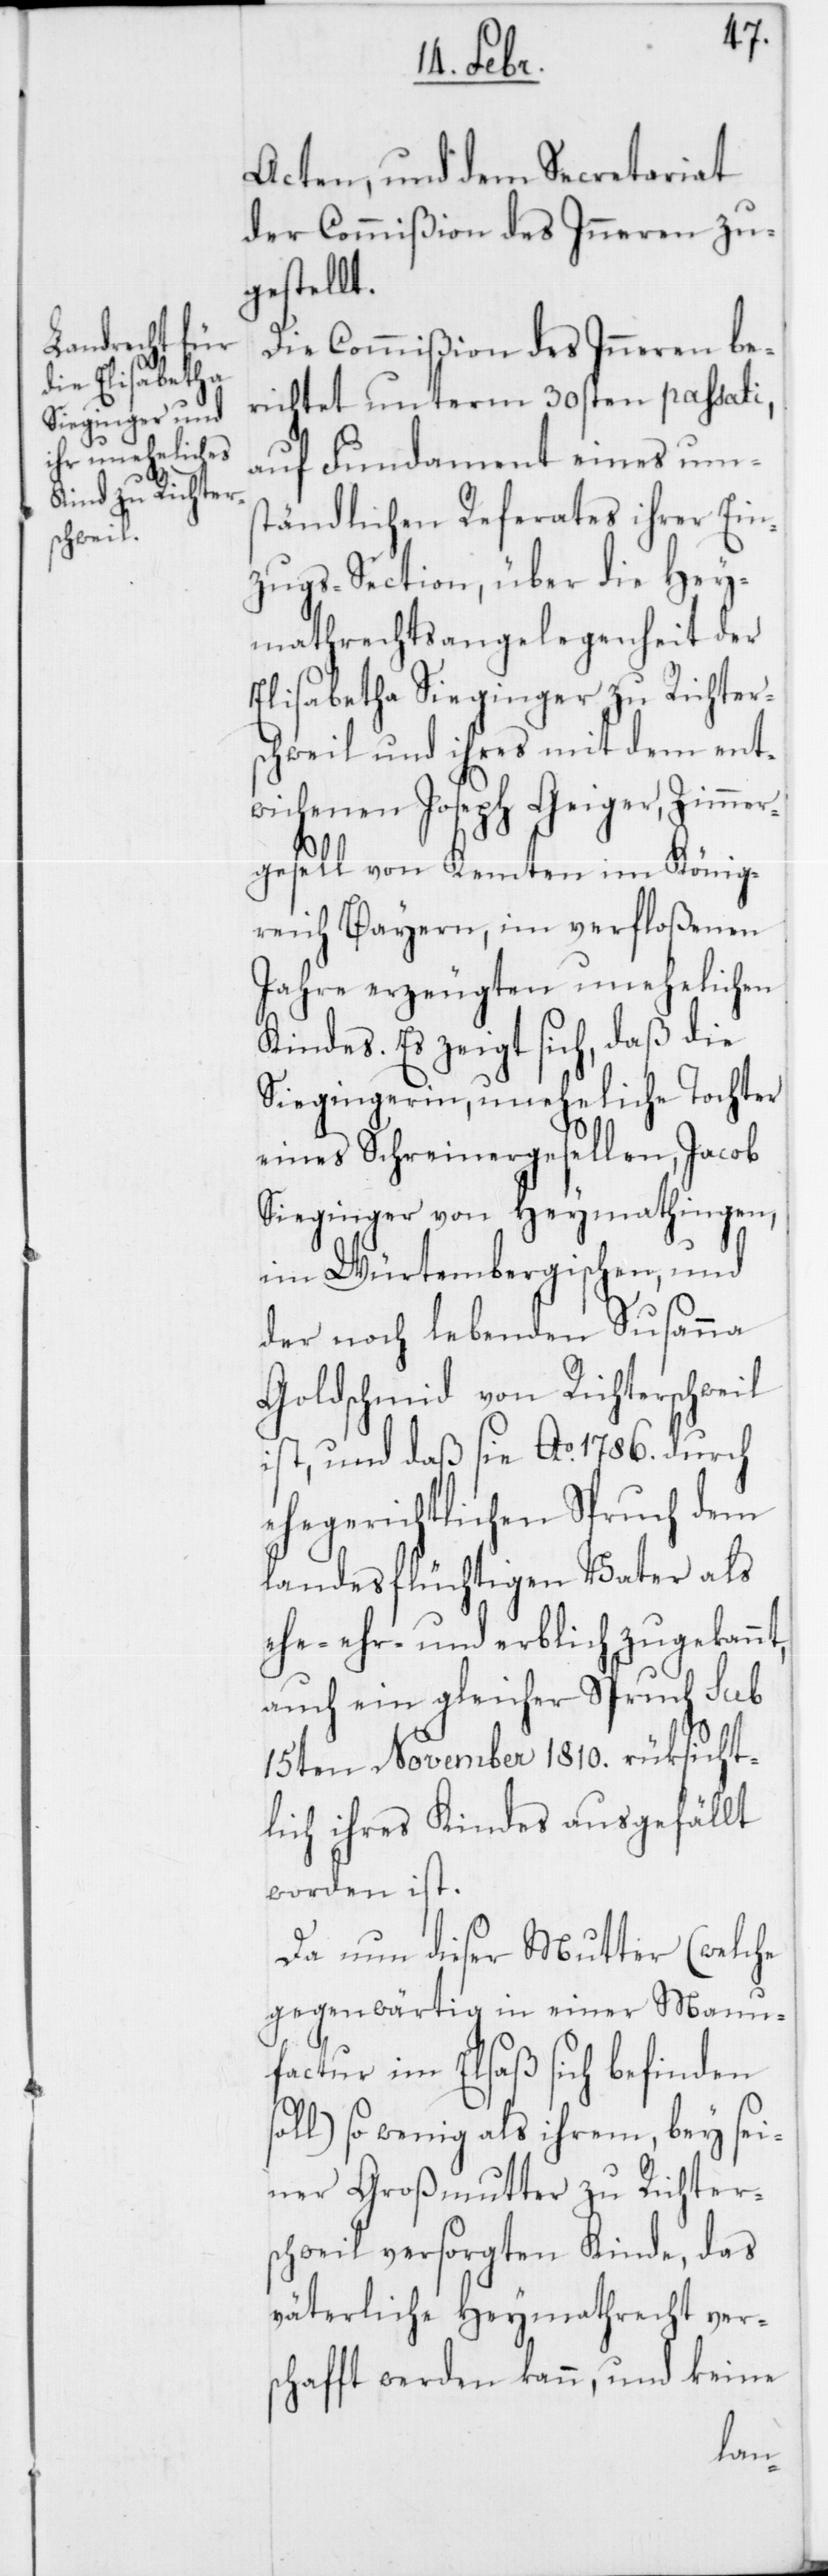
Acten, und dem Secretariat
der Commißion des Inneren zu¬
gestellt.
Die Commißion des Inneren be¬
richtet unterm 30sten passati,
auf Fundament eines ums¬
tändlichen Referates ihrer Ein¬
zugs-Section, über die Hey¬
mathrechtsangelegenheit der
Elisabetha Sieginger zu Richter¬
schweil und ihres mit dem ent¬
wichenen Joseph Geiger, Zimme¬
rgesell von Kempten im König¬
reich Bayern, im verfloßenen
Jahre erzeugten unehelichen
Kindes. Es zeigt sich, daß die
Siegingerin, uneheliche Tochter
eines Schreinergesellen, Jacob
Sieginger von Heymathingen,
im Würtembergischen, und
der noch lebenden Susanna
Goldschmid von Richterschweil
ist, und daß sie Ao. 1786. durch
ehegerichtlichen Spruch dem
landesflüchtigen Vater als
ehr- und erblich zugekannt,
auch ein gleicher Spruch sub
15ten November 1810. rüksicht¬
lich ihres Kindes ausgefällt
worden ist.
Da nun dieser Mutter (welche
gegenwärtig in einer Manu¬
factur im Elsaß sich befinden
soll) so wenig als ihrem, bey sei¬
ner Großmutter zu Richters¬
chweil versorgten Kinde, das
väterliche Heymathrecht vers¬
chafft werden kann, und keine